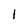
Character: 1